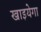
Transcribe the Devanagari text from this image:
खाइयेगा